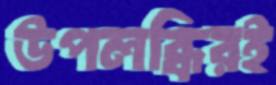
উপলব্ধিরই